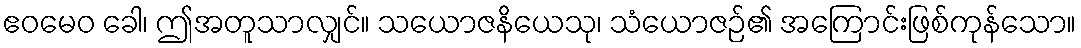
ဧဝမေဝ ခေါ၊ ဤအတူသာလျှင်။ သယောဇနိယေသု၊ သံယောဇဉ်၏ အကြောင်းဖြစ်ကုန်သော။